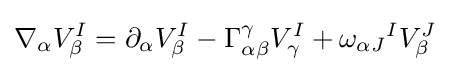
\nabla _{\alpha }V_{\beta }^{I}=\partial _{\alpha }V_{\beta }^{I}-\Gamma _{\alpha \beta }^{\gamma }V_{\gamma }^{I}+{\omega _{\alpha J}}^{I}V_{\beta }^{J}